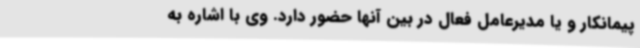
پیمانکار و یا مدیرعامل فعال در بین آنها حضور دارد. وی با اشاره به